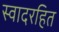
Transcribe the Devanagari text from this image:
स्वादरहित